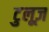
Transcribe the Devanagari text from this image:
टुलूज़